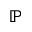
\mathbb { P }